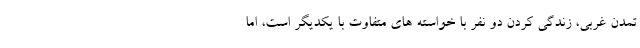
تمدن غربی، زندگی کردن دو نفر با خواسته های متفاوت با یکدیگر است، اما